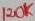
Text: 120K